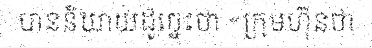
បាននិយាយដូច្នេះថា «ក្រុមហ៊ុនថា